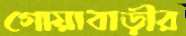
গোয়াবাড়ীর